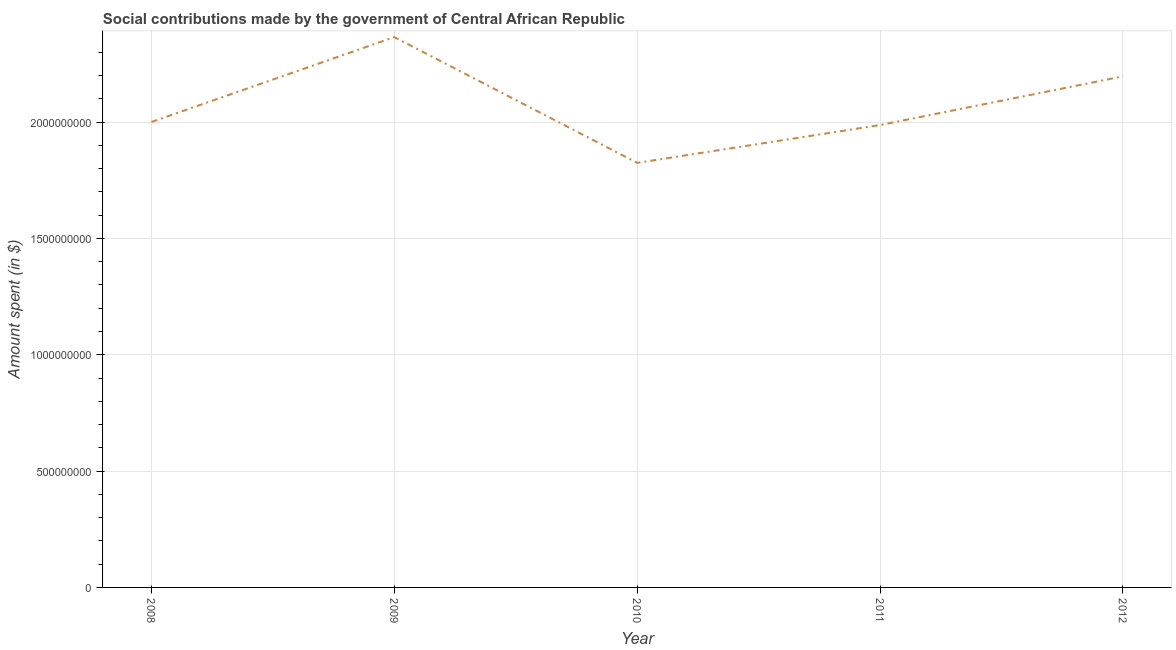
| Year | Social contributions |
 | --- | --- |
 | 2008 | 2e+09 |
 | 2009 | 2.37e+09 |
 | 2010 | 1.82e+09 |
 | 2011 | 1.99e+09 |
 | 2012 | 2.2e+09 |